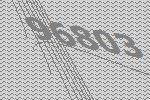
96803